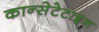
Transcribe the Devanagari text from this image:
कान्सेटेटाइन